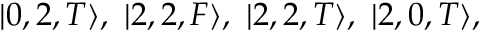
| 0 , 2 , T \rangle , \ | 2 , 2 , F \rangle , \ | 2 , 2 , T \rangle , \ | 2 , 0 , T \rangle ,